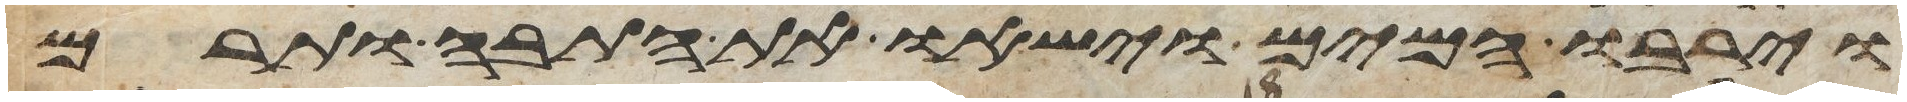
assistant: וירבו המים וישאו את התבה ותרם